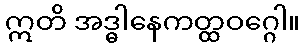
ဣတိ အဒ္ဓါနေကတ္ထဝဂ္ဂေါ။